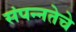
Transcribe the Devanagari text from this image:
संपन्‍नतेचे